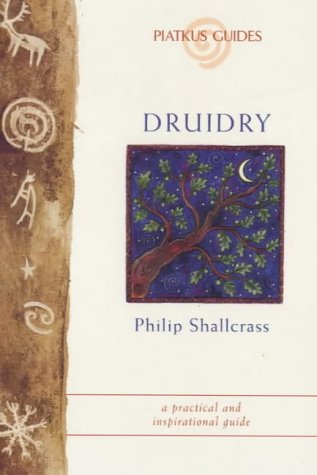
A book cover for Druidry (Piatkus Guides); Philip Shallcrass; Religion & Spirituality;